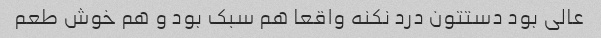
عالی بود دستتون درد نکنه واقعا هم سبک بود و هم خوش طعم